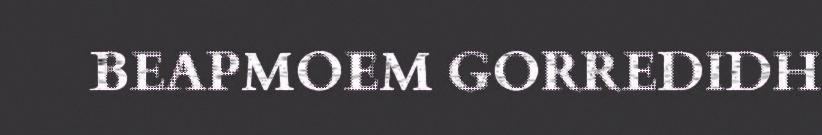
BEAPMOEM GORREDIDH